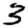
Digit: 3